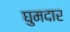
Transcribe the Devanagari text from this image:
घुमदार